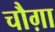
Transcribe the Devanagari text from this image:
चौग़ा